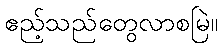
ဧည့်သည်တွေလာစမြဲ။